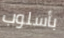
بأسلوب